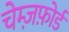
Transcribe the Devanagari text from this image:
चेम्ज़फ़ोर्ड